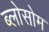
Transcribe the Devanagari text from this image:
ब्लोसोम